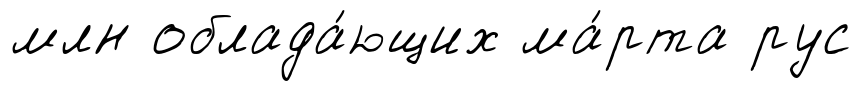
млн облада́ющих ма́рта рус